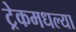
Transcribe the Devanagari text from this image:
ट्रेकमधल्या